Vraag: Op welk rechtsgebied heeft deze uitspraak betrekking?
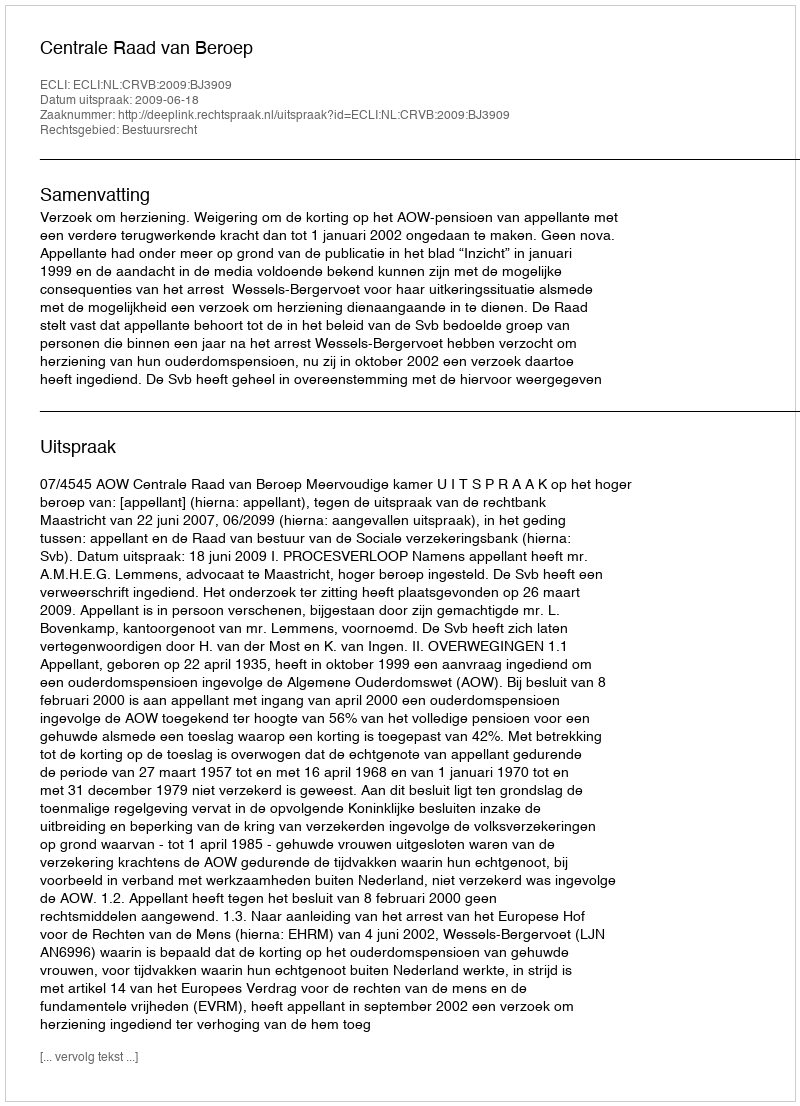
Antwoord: Bestuursrecht